Senior Leaving Certificate Examination (including Day School Certificate (Higher) General paper), 1947
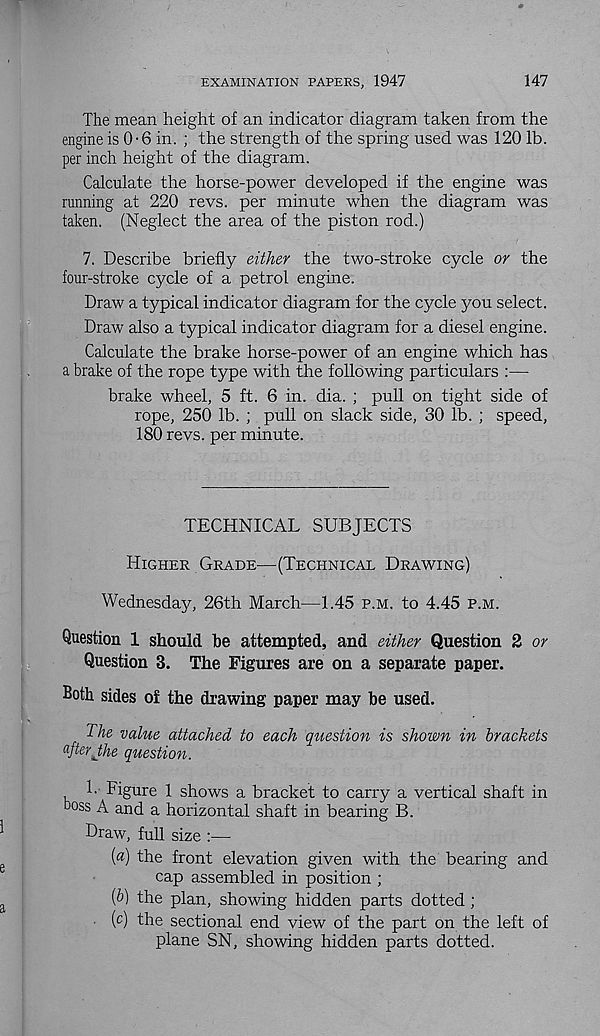
EXAMINATION PAPERS, 1947
147
The mean height of an indicator diagram taken from the
engine is 0-6 in. ; the strength of the spring used was 120 lb.
per inch height of the diagram.
Calculate the horse-power developed if the engine was
running at 220 revs, per minute when the diagram was
taken. (Neglect the area of the piston rod.)
7. Describe briefly either the two-stroke cycle or the
four-stroke cycle of a petrol engine.
Draw a typical indicator diagram for the cycle you select.
Draw also a typical indicator diagram for a diesel engine.
Calculate the brake horse-power of an engine which has
a brake of the rope type with the following particulars :—
brake wheel, 5 ft. 6 in. dia. ; pull on tight side of
rope, 250 lb. ; pull on slack side, 30 lb. ; speed,
180 revs, per minute.
TECHNICAL SUBJECTS
Higher Grade—(Technical Drawing)
Wednesday, 26th March—1.45 p.m. to 4.45 p.m.
Question 1 should be attempted, and either Question 2 or
Question 3. The Figures are on a separate paper.
Both sides of the drawing paper may be used.
The value attached to each question is shown in brackets
afterJhe question.
1. Figure 1 shows a bracket to carry a vertical shaft in
boss A and a horizontal shaft in bearing B.
Draw, full size :—
(«) the front elevation given with the bearing and
cap assembled in position ;
[b) the plan, showing hidden parts dotted ;
(c) the sectional end view of the part on the left of
plane SN, showing hidden parts dotted.